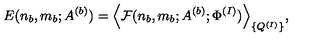
E ( n _ { b } , m _ { b } ; A ^ { ( b ) } ) = \Big \langle { \cal F } ( n _ { b } , m _ { b } ; A ^ { ( b ) } ; \Phi ^ { ( I ) } ) \Big \rangle _ { \{ Q ^ { ( I ) } \} } ,